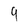
Character: 9